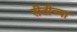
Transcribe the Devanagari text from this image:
रीतीच्या